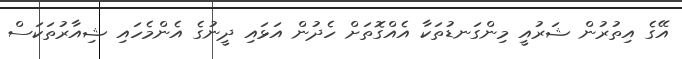
އޭގެ އިތުރުން ޝަރުއީ މިންގަނޑުތަކާ އެއްގޮތަށް ހެދުން އަޅައި ދީނުގެ އެންމެހައި ޝިއާރުތަކަސް